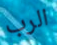
الرب